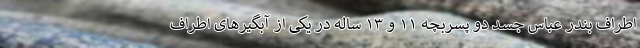
اطراف بندر عباس جسد دو پسربچه ۱۱ و ۱۳ ساله در یکی از آبگیر‌های اطراف